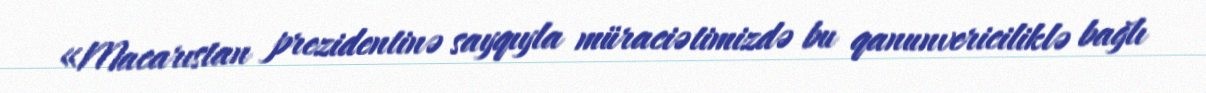
«Macarıstan prezidentinə sayqıyla müraciətimizdə bu qanunvericiliklə bağlı